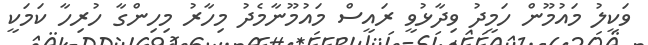
ވަކީލު މައުމޫން ހަމީދު ވިދާޅުވީ ރައީސް މައުމޫނާމެދު މިހާރު މިހިންގާ ހުރިހާ ކަމަކީ